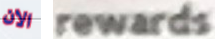
الان rewards